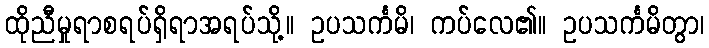
ထိုညီမှုရာစရပ်ရှိရာအရပ်သို့။ ဥပသင်္ကမိ၊ ကပ်လေ၏။ ဥပသင်္ကမိတွာ၊